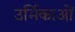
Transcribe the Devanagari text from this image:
उर्मिकाओं